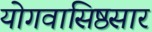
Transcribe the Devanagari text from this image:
योगवासिष्ठसार